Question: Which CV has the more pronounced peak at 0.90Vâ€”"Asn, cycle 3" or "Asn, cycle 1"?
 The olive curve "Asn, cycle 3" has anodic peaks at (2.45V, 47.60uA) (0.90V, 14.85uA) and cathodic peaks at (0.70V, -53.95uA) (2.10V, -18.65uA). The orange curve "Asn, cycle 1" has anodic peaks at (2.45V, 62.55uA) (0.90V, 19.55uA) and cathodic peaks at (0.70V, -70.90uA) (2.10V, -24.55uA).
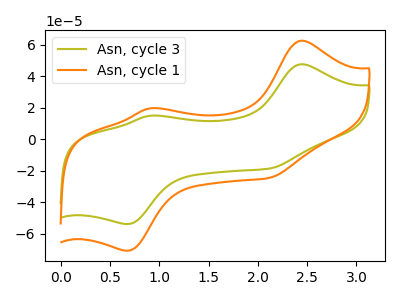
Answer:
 <answer>The peak at 0.90V is lower in "Asn, cycle 3" than in "Asn, cycle 1".</answer>
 <eval>lower</eval>